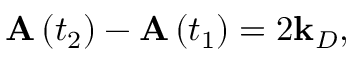
\mathbf { A } \left( t _ { 2 } \right) - \mathbf { A } \left( t _ { 1 } \right) = 2 \mathbf { k } _ { D } ,